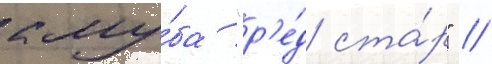
клу́ба "р'е́д ста́р" //